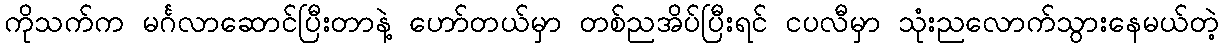
ကိုသက်က မင်္ဂလာဆောင်ပြီးတာနဲ့ ဟော်တယ်မှာ တစ်ညအိပ်ပြီးရင် ငပလီမှာ သုံးညလောက်သွားနေမယ်တဲ့